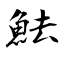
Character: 魼